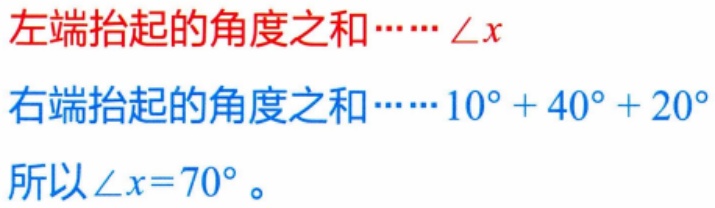
左端抬起的角度之和……$\angle x$
右端抬起的角度之和……$10^{\circ}+40^{\circ}+20^{\circ}$
所以$\angle x = 70^{\circ}$。